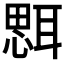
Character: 𦖷